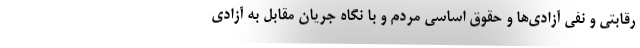
رقابتی و نفی آزادی‌ها و حقوق اساسی مردم و با نگاه جریان مقابل به آزادی